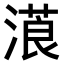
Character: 𣻡